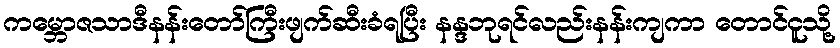
ကမ္ဘောဇသာဒီနန်းတော်ကြီးဖျက်ဆီးခံရပြီး နန္ဒဘုရင်လည်းနန်းကျကာ တောင်ငူသို့